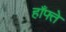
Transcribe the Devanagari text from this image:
हाँफ्ते